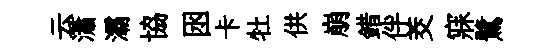
云瀟灞協囦卡牡供崩錯伴茭寐鷺